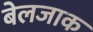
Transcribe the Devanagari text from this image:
बेलजाक